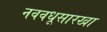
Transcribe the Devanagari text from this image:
नववधूसारखा